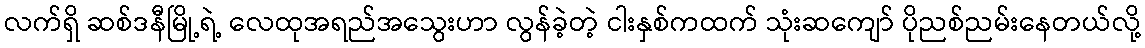
လက်ရှိ ဆစ်ဒနီမြို့ရဲ့ လေထုအရည်အသွေးဟာ လွန်ခဲ့တဲ့ ငါးနှစ်ကထက် သုံးဆကျော် ပိုညစ်ညမ်းနေတယ်လို့